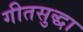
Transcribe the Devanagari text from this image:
गीतसुद्धा